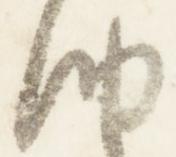
納